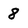
Character: 8